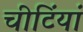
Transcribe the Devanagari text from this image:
चीटिंयां